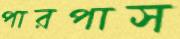
পারপাস